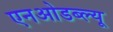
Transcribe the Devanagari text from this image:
एनओडब्ल्यू